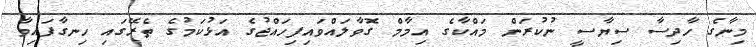
މިނާގެ ހާދިސާ ސިޔާސީ ނުކުރަން މައްކާގެ އިމާމް ގޮވާލައްވައިފިހައްޖުގެ އަޅުކަމުގެ ތެރޭގައި ހިނގާފައިވާ